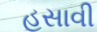
હસાવી